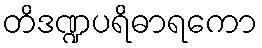
တိဒဏ္ဍပရိဓာရကော